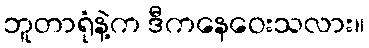
ဘူတာရုံနဲ့က ဒီကနေဝေးသလား။